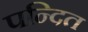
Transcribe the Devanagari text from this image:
पन्दित